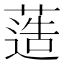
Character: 䔏